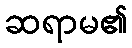
ဆရာမ၏